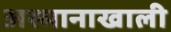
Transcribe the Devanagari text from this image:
अस्मानाखाली